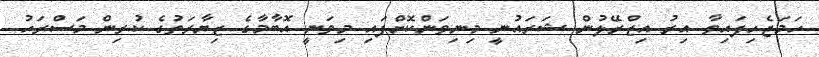
ހަމަޖެހިފައިވާ އިރު އިޒްރޭލުން ޝަރައުނީ މިނިވަންކޮށްފައި މިވަނީ އޮބާމާގެ ޒިޔާރަތުގެ ކުރިން މަސްރަހު